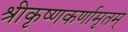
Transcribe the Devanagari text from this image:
श्रीकृष्णकर्णामृतम्